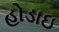
હોડાઇ